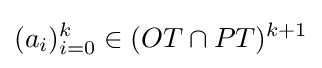
(a_{i})_{i=0}^{k}\in (OT\cap PT)^{k+1}